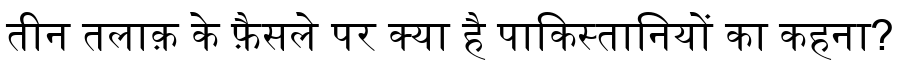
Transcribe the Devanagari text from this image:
तीन तलाक़ के फ़ैसले पर क्या है पाकिस्तानियों का कहना?